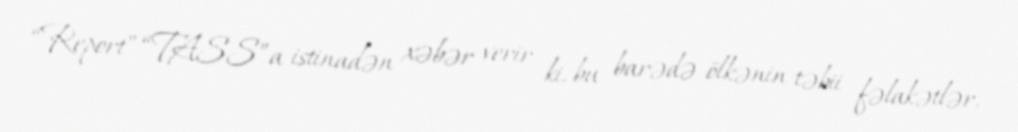
“Report” “TASS”a istinadən xəbər verir ki, bu barədə ölkənin təbii fəlakətlər,